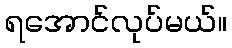
ရအောင်လုပ်မယ်။